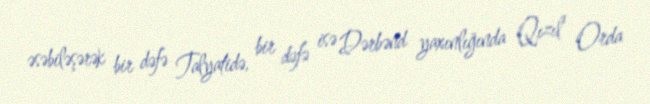
əsəbiləşərək bir dəfə Talyatidə, bir dəfə isə Dərbənd yaxınlığında Qızıl Orda